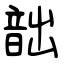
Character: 韷